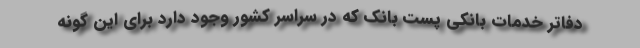
دفاتر خدمات بانکی پست بانک که در سراسر کشور وجود دارد برای این گونه